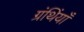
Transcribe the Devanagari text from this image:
ग्रंथिंयाँ